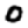
Digit: 0